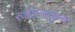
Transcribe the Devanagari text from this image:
खड़ियानुमा